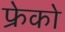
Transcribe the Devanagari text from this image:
फ्रेको